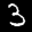
Label: 3